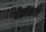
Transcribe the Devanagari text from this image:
बँकॉकचा